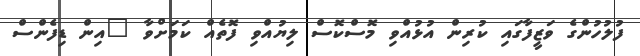
ފުލުހުންގެ ވަޒީފާގައި ކުރިން އުޅުއްވި މޮސްކޮސް ލިޔުއްވި ފޮތެއް ކަމަށްވާ "އިން ޑިފެންސް